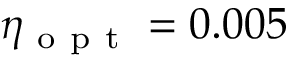
\eta _ { \mathrm { ~ o ~ p ~ t ~ } } = 0 . 0 0 5